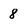
Character: 8